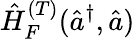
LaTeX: \hat{H}_{F}^{(T)}(\hat{a}^{\dagger},\hat{a})